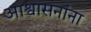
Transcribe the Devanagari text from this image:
आश्वासनांना